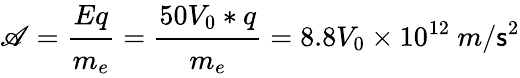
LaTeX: \mathscr{A}=\cfrac{Eq}{m_{e}}=\cfrac{50V_{0}*q}{m_{e}}=8.8V_{0}\times10^{12}~m/\mathsf{s}^{2}